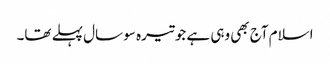
اسلام آج بھی وہی ہے جو تیرہ سو سال پہلے تھا۔